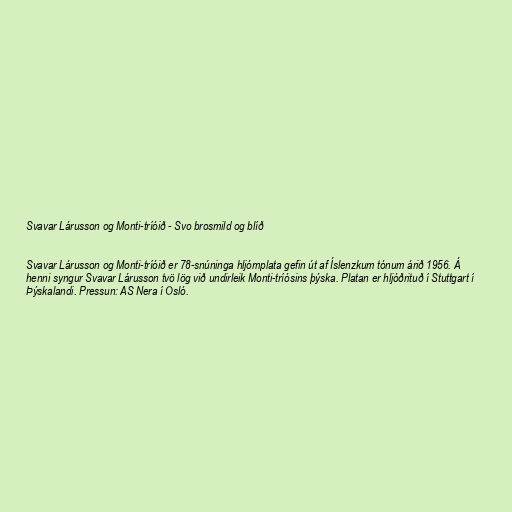
Svavar Lárusson og Monti-tríóið - Svo brosmild og blíð

Svavar Lárusson og Monti-tríóið er 78-snúninga hljómplata gefin út af Íslenzkum tónum árið 1956. Á
henni syngur Svavar Lárusson tvö lög við undirleik Monti-tríósins þýska. Platan er hljóðrituð í Stuttgart í
Þýskalandi. Pressun: AS Nera í Osló.